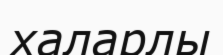
халарлы